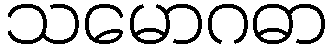
သမောဂဓာ